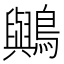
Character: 𪇬